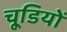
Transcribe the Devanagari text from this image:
चूडि़यों